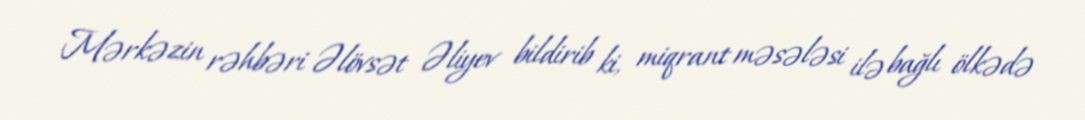
Mərkəzin rəhbəri Əlövsət Əliyev bildirib ki, miqrant məsələsi ilə bağlı ölkədə